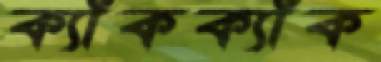
ক্যাঁকক্যাঁক